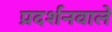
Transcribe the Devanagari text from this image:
प्रदर्शनवाले